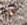
غير